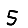
Digit: 5